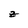
Character: z